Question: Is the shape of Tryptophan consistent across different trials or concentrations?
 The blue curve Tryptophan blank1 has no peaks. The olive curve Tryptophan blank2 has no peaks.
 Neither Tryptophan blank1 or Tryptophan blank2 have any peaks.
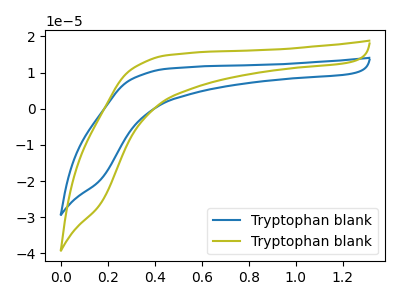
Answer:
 <answer>All the CV's of "Tryptophan" have similar shape.</answer>
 <eval>follow_rule</eval>